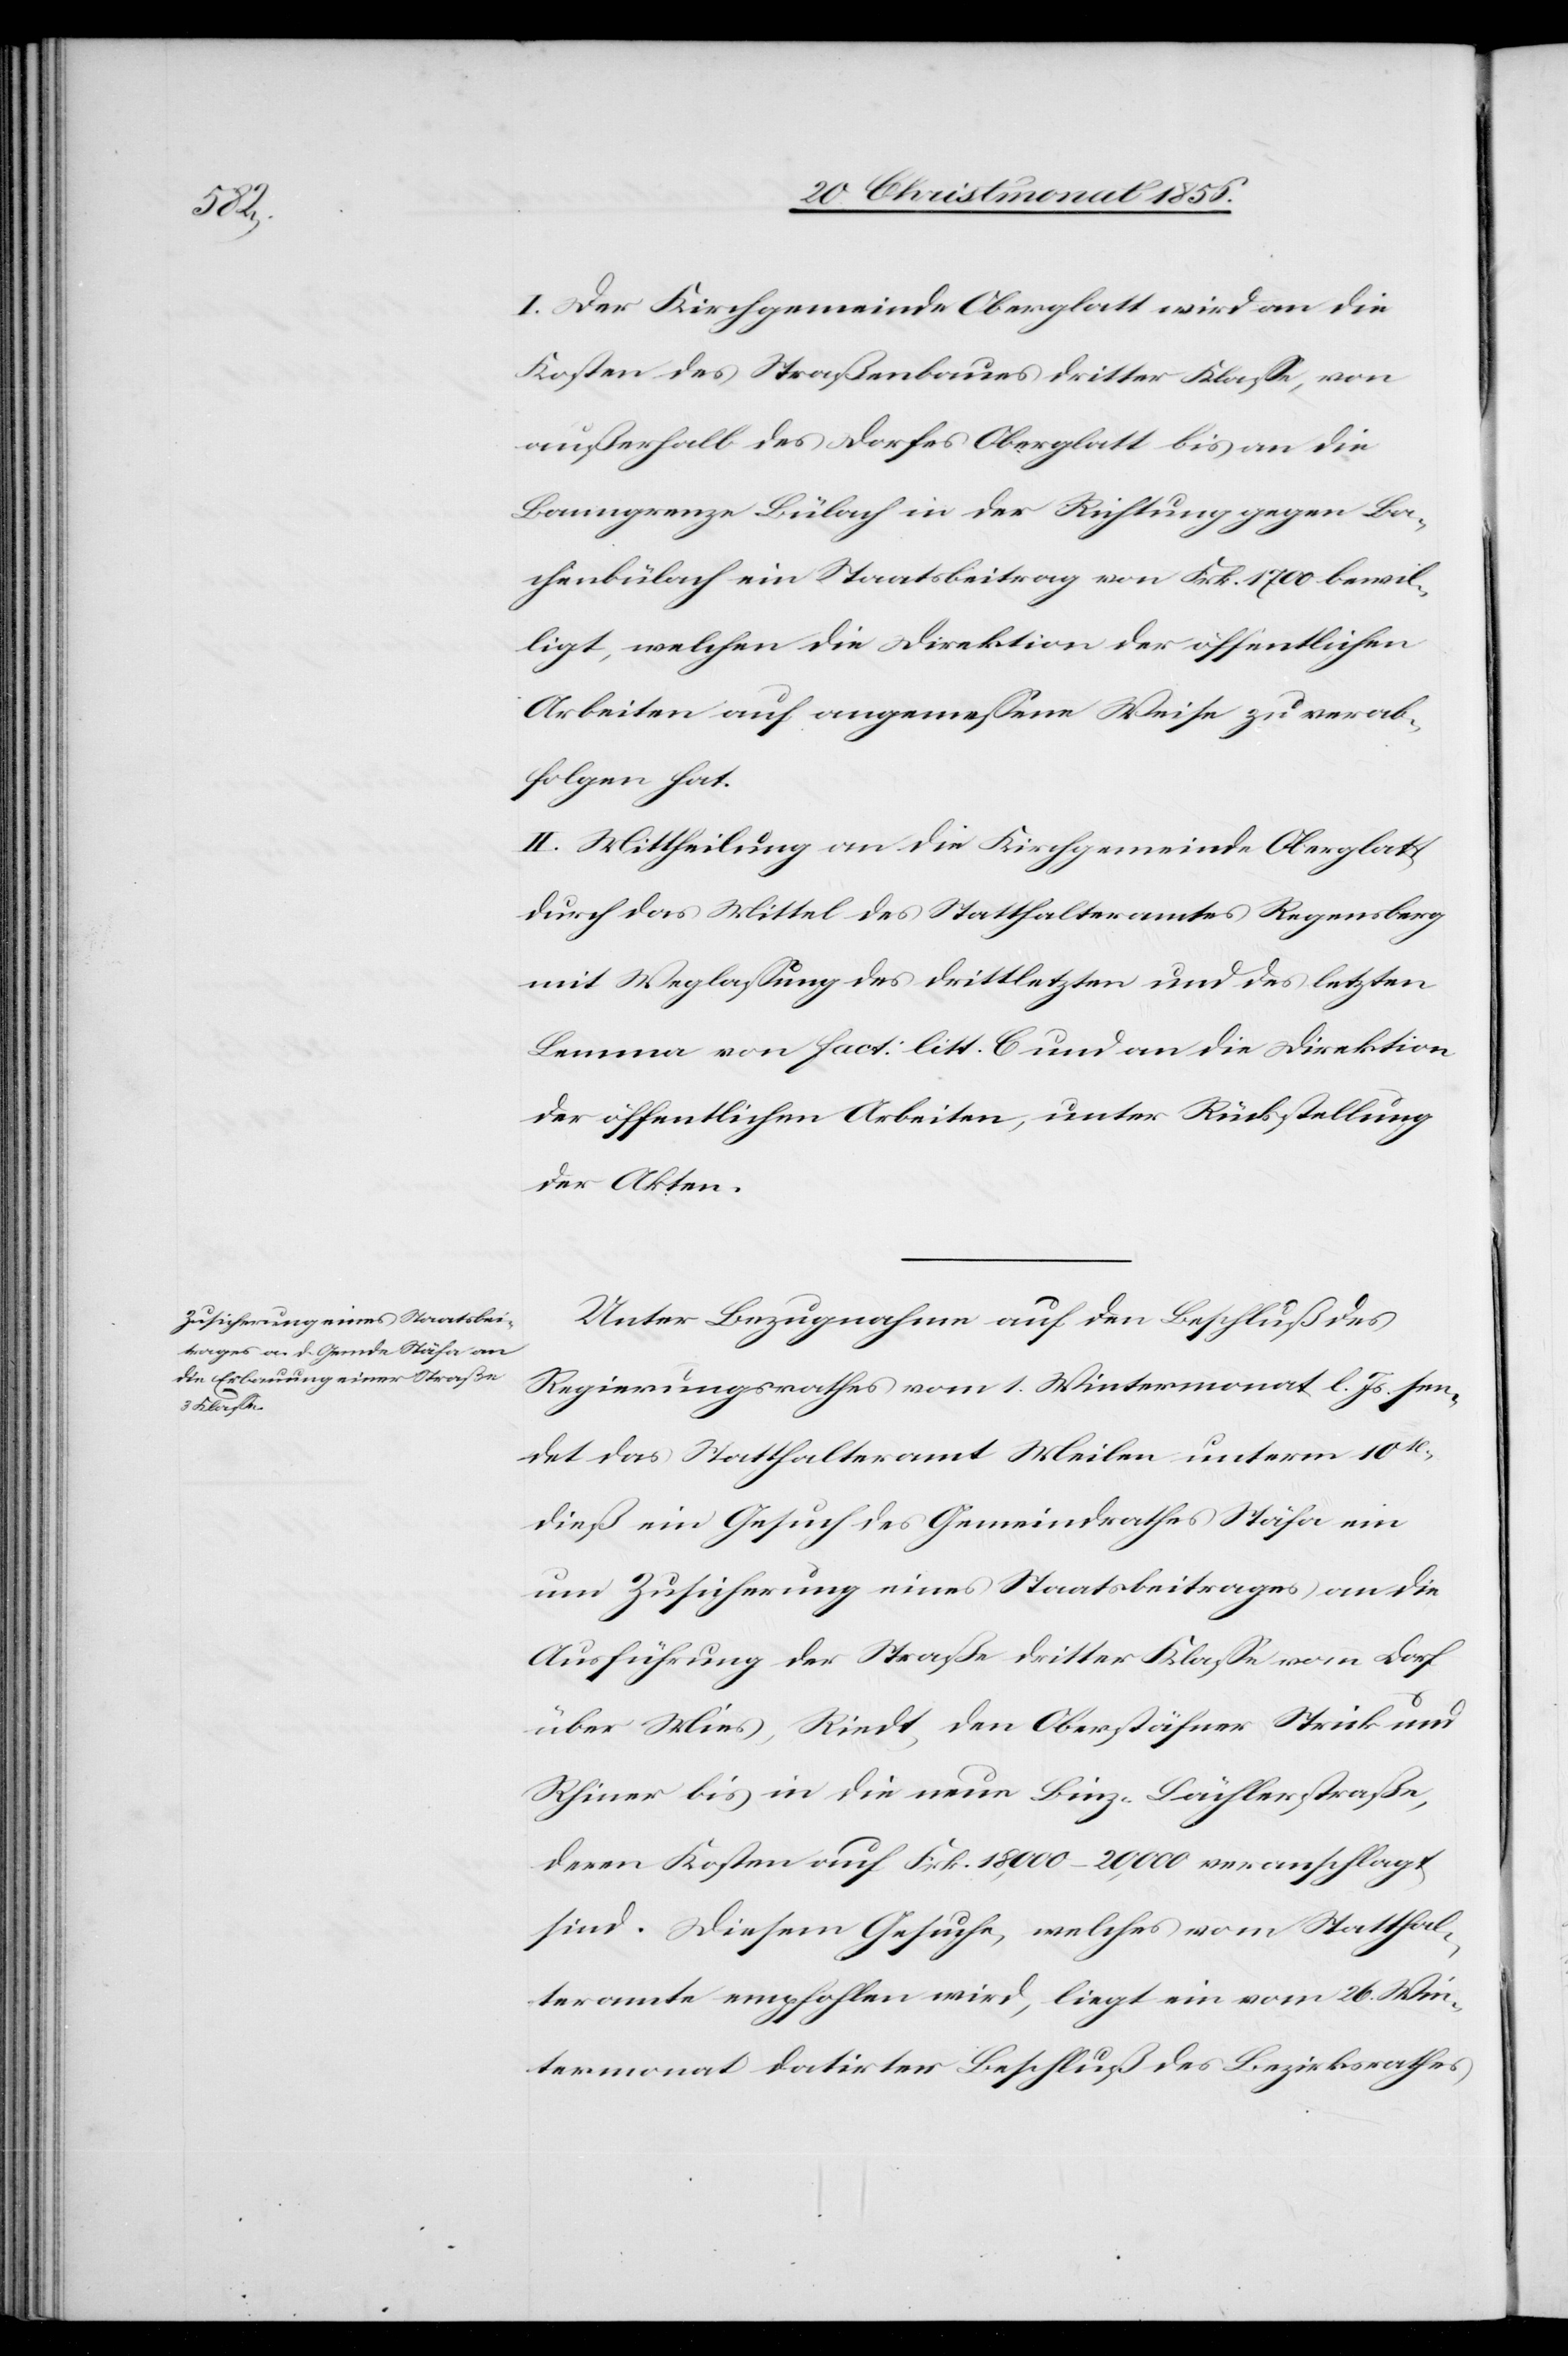
I. Der Kirchgemeinde Oberglatt wird an die
Kosten des Straßenbaues dritter Klasse, von
außerhalb des Dorfes Oberglatt bis an die
Banngrenze Bülach in der Richtung gegen Ba¬
chenbülach ein Staatsbeitrag von Frk. 1700 bewil¬
ligt, welchen die Direktion der öffentlichen
Arbeiten auf angemessene Weise zu verab¬
folgen hat.
II. Mittheilung an die Kirchgemeinde Oberglatt
durch das Mittel des Statthalteramtes Regensberg
mit Weglassung des drittletzten und des letzten
Lemma von fact: litt. C und an die Direktion
der öffentlichen Arbeiten, unter Rückstellung
der Akten.
Unter Bezugnahme auf den Beschluß des
Regierungsrathes vom 1. Wintermonat l. Js. sen¬
det das Statthalteramt Meilen unterm 10t
dieß ein Gesuch des Gemeindrathes Stäfa ein
um Zusicherung eines Staatsbeitrages an die
Ausführung der Straße dritter Klasse vom Dorf
über Mies, Riedt, den Oberstäfner Strick und
Rhiner bis in die neue Binz-Lächlerstraße,
deren Kosten auf Frk. 18,000–20,000 veranschlagt
sind. Diesem Gesuche, welches vom Statthal¬
teramte empfohlen wird, liegt ein vom 26. Win¬
termonat datirter Beschluß des Bezirksrathes